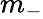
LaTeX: m_{-}